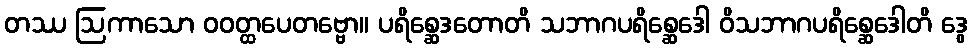
တဿ ဩကာသော ဝဝတ္ထပေတဗ္ဗော။ ပရိစ္ဆေဒတောတိ သဘာဂပရိစ္ဆေဒေါ ဝိသဘာဂပရိစ္ဆေဒေါတိ ဒွေ